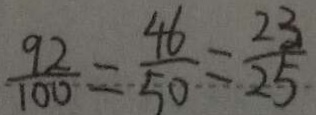
\frac { 9 2 } { 1 0 0 } = \frac { 4 6 } { 5 0 } = \frac { 2 3 } { 2 5 }